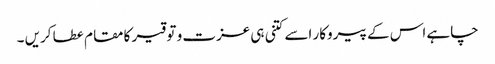
چاہے اس کے پیروکار اسے کتنی ہی عزت و توقیر کا مقام عطا کریں ۔